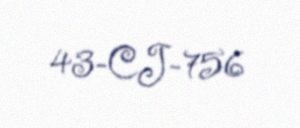
43-CJ-756